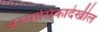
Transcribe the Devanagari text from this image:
अभ्यासिकादेखील